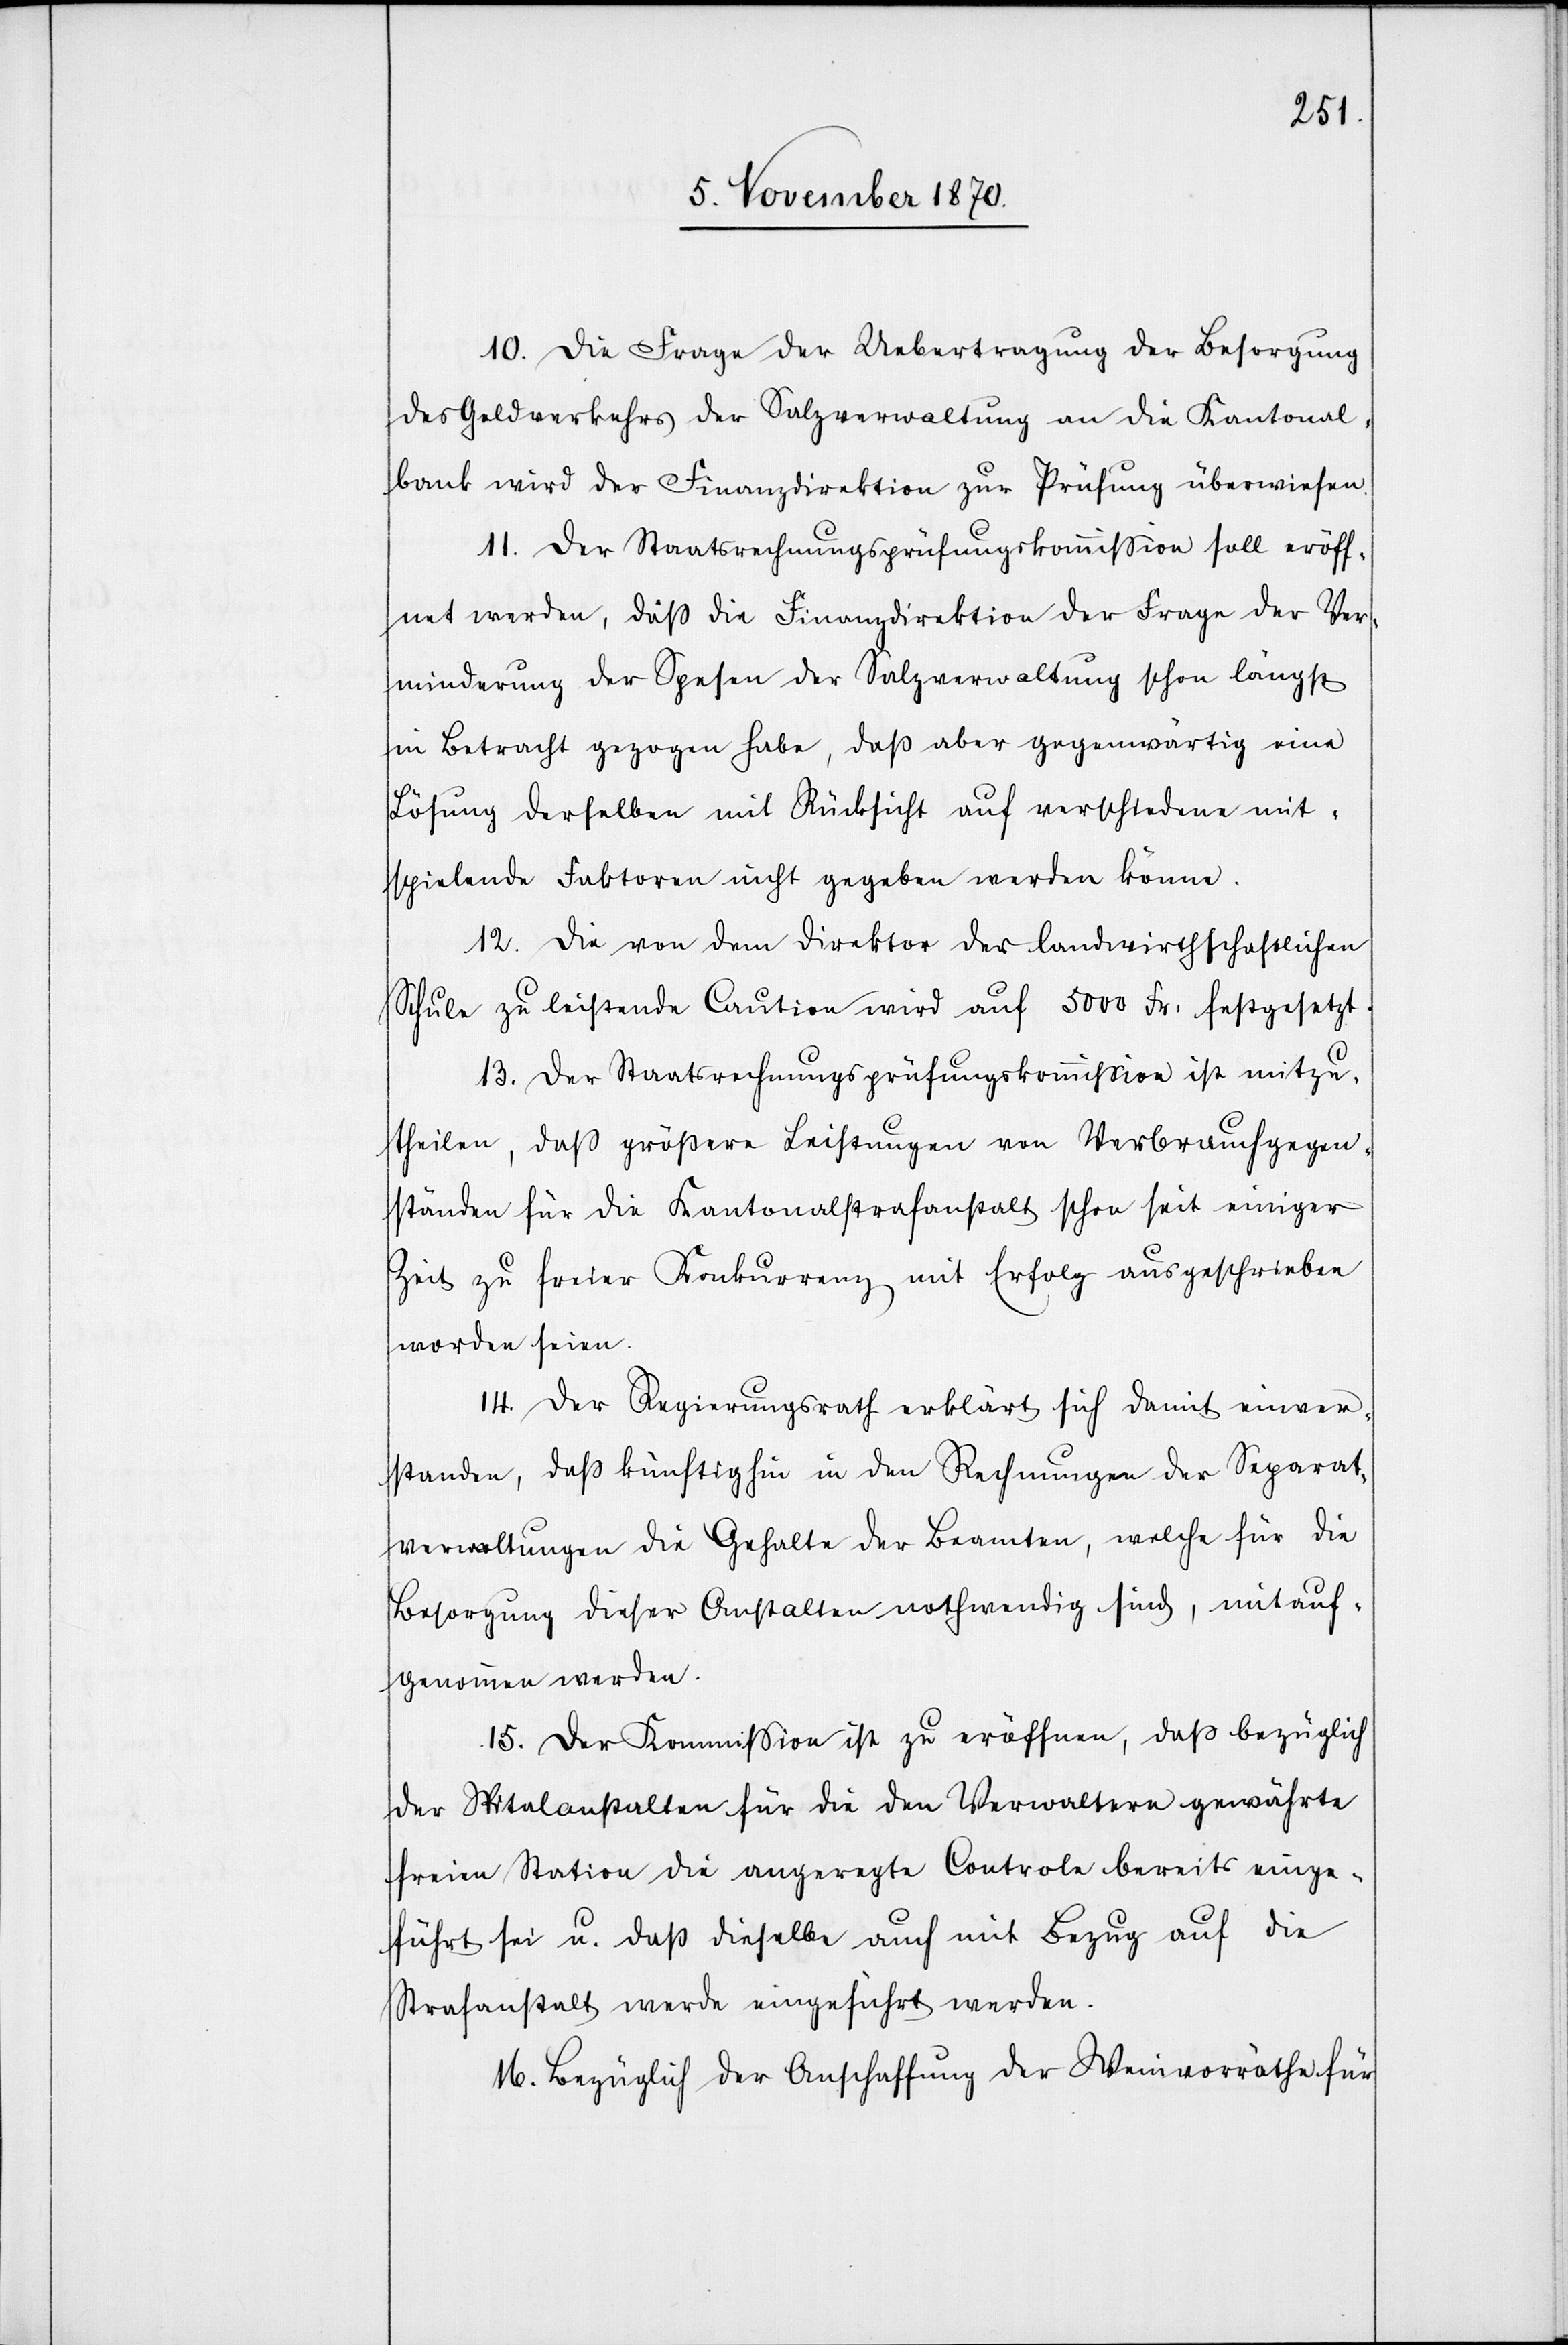
10. Die Frage der Uebertragung der Besorgung
des Geldverkehrs der Salzverwaltung an die Kantonal¬
bank wird der Finanzdirektion zur Prüfung überwiesen.
11. Der Staatsrechnungsprüfungskommißion soll eröff¬
net werden, daß die Finanzdirektion der [recte: die] Frage
Verminderung der Spesen der Salzverwaltung schon längst
in Betracht gezogen habe, daß aber gegenwärtig eine
Lösung derselben mit Rücksicht auf verschiedene mit¬
spielende Faktoren nicht gegeben werden könne.
12. Die von dem Direktor der landwirthschaftlichen
Schule zu leistende Caution wird auf 5000 Fr: festgesetzt.
13. Der Staatsrechnungsprüfungskommißion ist mitzu¬
theilen, daß größere Leistungen von Verbrauchgegen¬
ständen für die Kantonalstrafanstalt schon seit einiger
Zeit zu freier Konkurrenz mit Erfolg ausgeschrieben
worden seien.
14. Der Regierungsrath erklärt sich damit einver¬
standen, daß künftighin in den Rechnungen der Separat¬
verwaltungen die Gehalte der Beamten, welche für die
Besorgung dieser Anstalten nothwendig sind, mitauf¬
genommen werden.
15. Der Kommission ist zu eröffnen, daß bezüglich
der Spitalanstalten für die den Verwaltern gewährte
freie Station die angeregte Controle bereits einge¬
führt sei u. daß dieselbe auch mit Bezug auf die
Strafanstalt werde eingeführt werden.
16. Bezüglich der Anschaffung der Weinvorräthe für